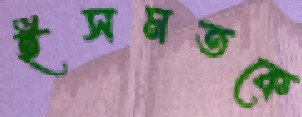
ইসমতকে